Indian journal of veterinary science and animal husbandry - Volume 13,
Year: 1943
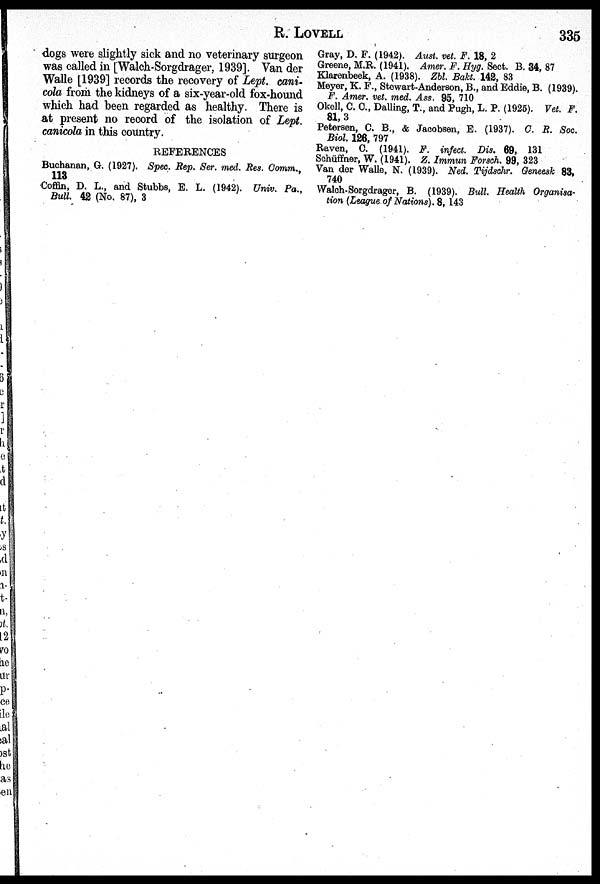
R.
LOVELL
335
dogs were slightly sick and no veterinary surgeon
was called in [Walch-Sorgdrager, 1939]. Van der
Walle [1939] records the recovery of Lept. cani-
cola from the kidneys of a six-year-old fox-hound
which had been regarded as healthy. There is
at present no record of the isolation of Lept.
canicola in this country.
REFERENCES
Buchanan, G. (1927). Spec. Rep. Ser. med. Res. Comm.,
113
Coffin, D. L., and Stubbs, E. L. (1942). Univ. Pa.,
Bull. 42 (No. 87), 3
Gray, D. F. (1942). Aust. vet. F. 18, 2
Greene, M.R. (1941). Amer. F. Hyg. Sect. B. 34, 87
Klarenbeek, A. (1938). Zbl. Bakt. 142, 83
Meyer, K. F., Stewart-Anderson, B., and Eddie, B. (1939).
F. Amer. vet. med. Ass. 95, 710
Okell, C. C., Dalling, T., and Pugh, L. P. (1925). Vet. F.
81, 3
Petersen, C. B., & Jacobsen, E. (1937). C. R. Soc.
Biol. 126, 797
Raven, C. (1941). F. infect. Dis. 69, 131
Schüffner, W. (1941). Z. Immun Forsch. 99, 323
Van der Walle, N. (1939). Ned. Tijdschr. Geneesk 83,
740
Walch-Sorgdrager, B. (1939). Bull. Health Organisa-
tion (League of Nations). 8, 143